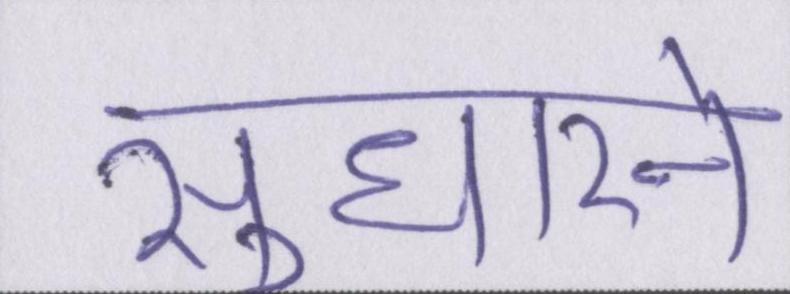
सुधारने